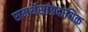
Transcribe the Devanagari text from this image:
समर्थसांप्रदायिक